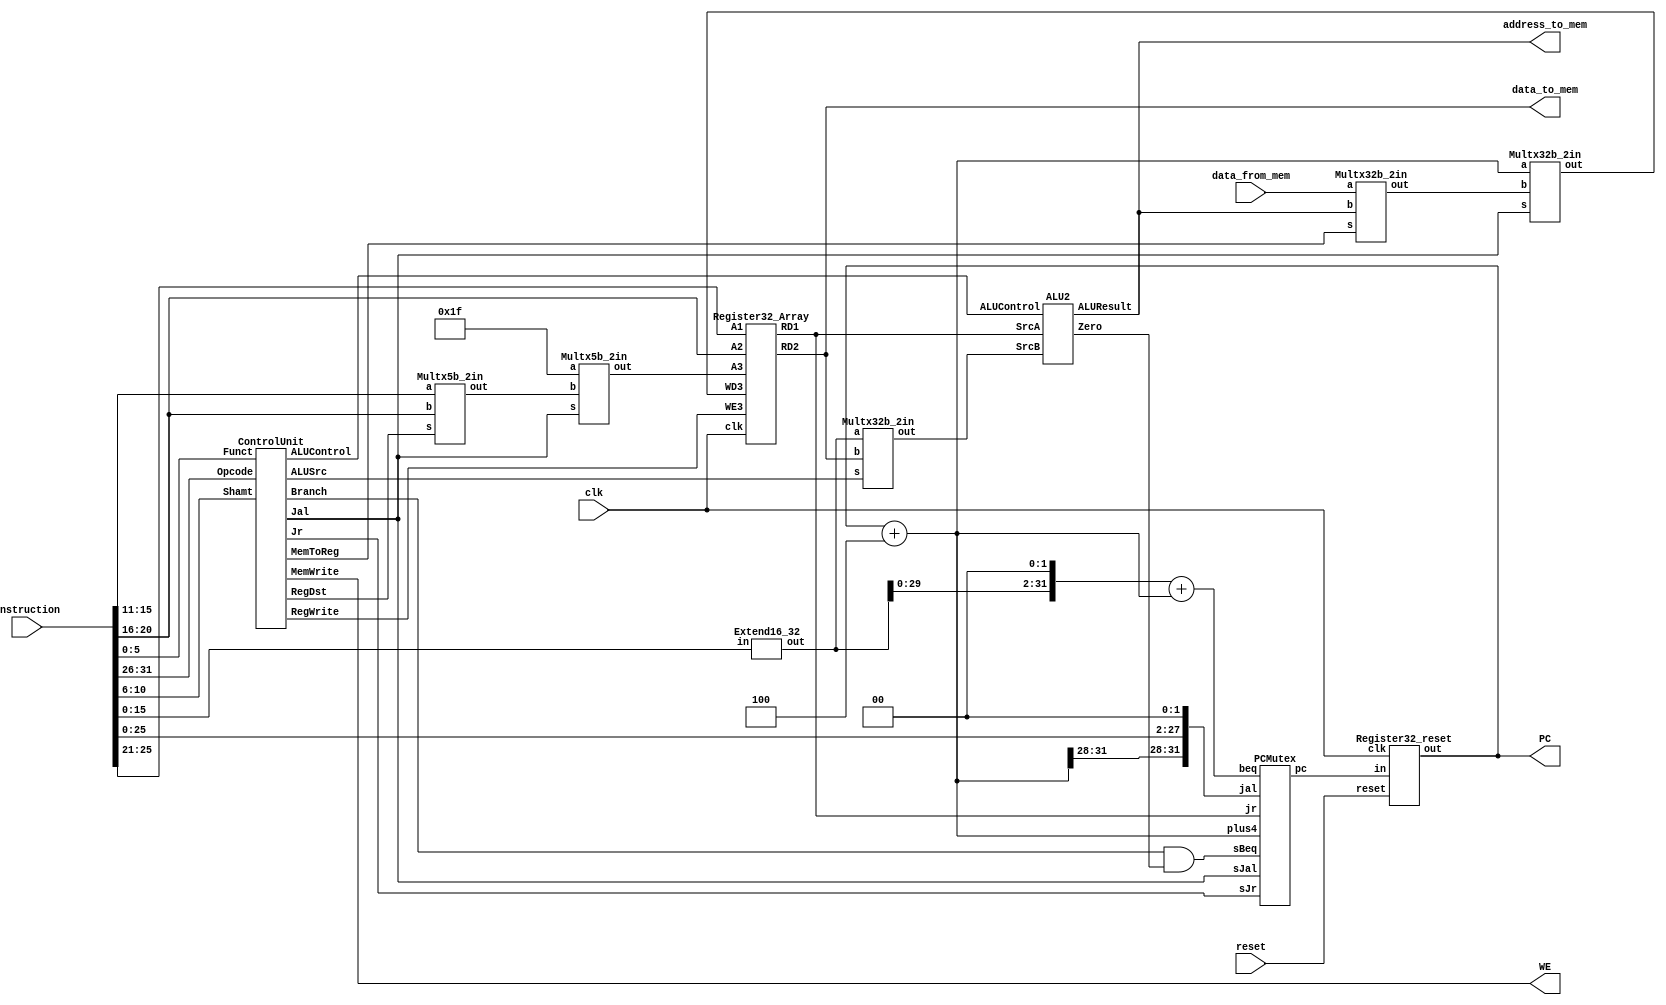
module processor( input         clk, reset,
                  output [31:0] PC,
                  input  [31:0] instruction,
                  output        WE,
                  output [31:0] address_to_mem,
                  output [31:0] data_to_mem,
                  input  [31:0] data_from_mem
                );

	
	// wires
	//==============================================================================
	
	// Instruction wires
	//------------------------------------
	wire [4:0]  Rs;
	wire [4:0]  Rt;
	wire [4:0]  Rd;
	wire [5:0]  Opcode;
	wire [5:0]  Funct;
	wire [4:0]  Shamt;
	wire [15:0] Immediate;
	wire [31:0] SignImm;
	//------------------------------------

	// ControlUnit wires
	//------------------------------------
	wire [3:0] ALUControl;
	wire RegWrite, RegDst, ALUSrc, Branch, MemWrite, MemToReg, Jal, Jr;
	//------------------------------------

	// Register wires
	//------------------------------------
	wire[4:0]  A1Input, A2Input, A3Input;
	wire[31:0] WD3Input;
	wire[31:0] RD1Wire, RD2Wire;
	wire[4:0]  WriteReg;
	//------------------------------------

	// ALU wires
	//------------------------------------
	wire[31:0] SrcA, SrcB, ALUOut;
	wire Zero;
	//------------------------------------

	// PC wires
	//------------------------------------
	wire[31:0] inputPC, outputPC, PCPlus4, PCBranch, PCJal, PCJr;
	wire beqWire;
	//------------------------------------

	// Memory/ALU wire output
	//------------------------------------
	wire[31:0] Result;
	//------------------------------------

	// assignings
	//==============================================================================

	assign Opcode =    instruction[31:26];
	assign Rs =        instruction[25:21];
	assign Rt =        instruction[20:16];
	assign Rd =        instruction[15:11];
	assign Shamt =     instruction[10:6];
	assign Funct =     instruction[5:0];
	assign Immediate = instruction[15:0];
	Extend16_32 myExtend(Immediate, SignImm);


	ControlUnit myControlUnit(Opcode, Funct, Shamt,
		                        ALUControl,
		                        RegWrite, RegDst, ALUSrc, Branch, MemWrite, MemToReg, Jal, Jr);

	assign A1Input = Rs;
	assign A2Input = Rt;
	Multx5b_2in MLTXJal_RegisterA3(5'b11111, WriteReg, Jal, A3Input); // assigning A3Input
	Multx5b_2in MLTXRegDst_RtOrRd(Rd, Rt, RegDst, WriteReg);    // assigning WriteReg
	Multx32b_2in MLTXJal_RegisterWD3(PCPlus4, Result, Jal, WD3Input); // assigning A3Input

	Register32_Array myRegArray (RegWrite, clk, A1Input, A2Input, A3Input,
		                           WD3Input,
		                           RD1Wire, RD2Wire);

	assign SrcA = RD1Wire;
	Multx32b_2in MLTXAluSrc_ALU(SignImm, RD2Wire, ALUSrc, SrcB);
	ALU2 myAlu (SrcA, SrcB, ALUControl,
		          Zero, ALUOut);	
	Multx32b_2in MLTXMemToReg_CPUResult(data_from_mem, ALUOut, MemToReg, Result);

	assign PCPlus4 = outputPC + 4;
	assign PCBranch = (SignImm << 2) + (PCPlus4);
	assign PCJr = RD1Wire;
	assign PCJal = { PCPlus4[31:28], instruction[25:0], 2'b00 };

	assign beqWire = (Branch & Zero);	
	PCMutex myPCMultx(PCJr, PCJal, PCBranch, PCPlus4,
                    Jr, Jal, beqWire,
                    inputPC);
	
	Register32_reset myPC(inputPC, clk, reset, outputPC);
	assign PC = outputPC;

	assign WE =             MemWrite;
	assign data_to_mem =    RD2Wire;
	assign address_to_mem = ALUOut;
/*
	always @(clk) begin  $display( "Opcod= %b, Reg1= %d, SrcA= %d, Reg2= %d, Imm= %d, SrcB= %d, AluRes= %d, AluZer= %d, AluControl= %b, MemRes= %d, PC=%d",
		                              Opcode, RD1Wire, SrcA, RD2Wire, SignImm, SrcB, ALUOut, Zero, ALUControl, Result, (PC/4)+1); end
*/

endmodule

//=====================================================================
module Multx5b_2in(input[4:0] a, b, input s, output[4:0] out);
	assign out = s==1 ? a : b;
endmodule
//=====================================================================
module Multx32b_2in(input[31:0] a, b, input s, output[31:0] out);
	assign out = s==1 ? a : b;
endmodule
//=====================================================================
module Comparator(input [31:0] ina, inb, output out);
	assign out = ina==inb;
endmodule
//=====================================================================
module Extend16_32(input [15:0] in, output [31:0] out);
	assign out = {{16{in[15]}},in[15:0]};
endmodule
//=====================================================================
module Register32(input[31:0] in,  input clk, output reg [31:0] out);
	always @(posedge clk) begin 
	    out = in;
	end
endmodule
//=====================================================================
module Register32_reset( input[31:0] in,
	                     input clk, reset,
	                     output reg [31:0] out);
	always @(posedge clk or posedge reset) begin
		if (reset)	out = 0;
		else        out = in;
	end
endmodule
//=====================================================================
module Register32_Array( input WE3, clk, input[4:0] A1, A2, A3,
                         input[31:0] WD3,
                         output [31:0] RD1, RD2);
	reg [31:0] reg_array [31:0];
	assign RD1 = (A1==0) ? 0 : reg_array[A1[4:0]];
	assign RD2 = (A2==0) ? 0 : reg_array[A2[4:0]];
	always @(posedge clk) begin	
		if (WE3) begin
			reg_array[A3[4:0]] = WD3[31:0];
		end
	end
endmodule
//=====================================================================
module PCMutex( input[31:0] jr, jal, beq, plus4,
								input sJr, sJal, sBeq,
								output reg[31:0] pc);
always @ (*) begin
	if      (sJr == 1)	pc = jr;
	else if (sJal ==1)	pc = jal;
	else if (sBeq == 1)	pc = beq;
	else                pc = plus4;
end
endmodule
//=====================================================================
module ALU2 (
input[31:0] SrcA, SrcB, 
input[3:0]  ALUControl, 
output reg  Zero,
output reg[31:0] ALUResult
);

wire [33:0] w1, w2, w3, w4, w5, w6, w7, w8, w9, w10, w11;
// structure of every wire: w[32] = CARRY, w[33] = OVERFLOW, w[31:0] = ALURESULT

complementAdd32B                myCircuit1(SrcA, SrcB, w1[31:0], w1[32], w1[33]);   // add
complementSub32B                myCircuit2(SrcA, SrcB, w2[31:0], w2[32], w2[33]);   // sub
logicAND32B                     myCircuit3(SrcA, SrcB, w3[31:0]);                   // and
logicOR32B                      myCircuit4(SrcA, SrcB, w4[31:0]);                   // or
logicXOR32B                     myCircuit5(SrcA, SrcB, w5[31:0]);                   // xor
slt32B                          myCircuit6(SrcA, SrcB, w6[31:0]);                   // slt
FourTimesUnsignedAdd8B          myCircuit7(SrcA, SrcB, w7[31:0]);                   // 4 unsigned sums
FourTimesSaturatedUnsignedAdd8B myCircuit8(SrcA, SrcB, w8[31:0]);                   // 4 unsigned saturated sums
srlv32B                         myCircuit9(SrcA, SrcB, w9[31:0]);                   // srlv
sllv32B                        myCircuit10(SrcA, SrcB, w10[31:0]);                  // sllv
srav32B                        myCircuit11(SrcA, SrcB, w11[31:0]);                  // srav

always @ (*) begin
	case (ALUControl)
	  4'b0010 : begin ALUResult = w1[31:0]; Zero = (ALUResult == 0) ? 1 : 0; end // add
	  4'b0110 : begin ALUResult = w2[31:0]; Zero = (ALUResult == 0) ? 1 : 0; end // sub
	  4'b0000 : begin ALUResult = w3[31:0]; Zero = (ALUResult == 0) ? 1 : 0; end // and
	  4'b0001 : begin ALUResult = w4[31:0]; Zero = (ALUResult == 0) ? 1 : 0; end // or
	  4'b0011 : begin ALUResult = w5[31:0]; Zero = (ALUResult == 0) ? 1 : 0; end // xor
	  4'b0111 : begin ALUResult = w6[31:0]; Zero = (ALUResult == 0) ? 1 : 0; end // slt
	  4'b1000 : begin ALUResult = w7[31:0]; Zero = (ALUResult == 0) ? 1 : 0; end // 4 unsigned sums
	  4'b1001 : begin ALUResult = w8[31:0]; Zero = (ALUResult == 0) ? 1 : 0; end // 4 unsigned saturated sums
	  4'b0101 : begin ALUResult = w9[31:0]; Zero = (ALUResult == 0) ? 1 : 0; end // srlv
	  4'b1010 : begin ALUResult = w10[31:0]; Zero = (ALUResult == 0) ? 1 : 0; end // sllv
	  4'b1111 : begin ALUResult = w11[31:0]; Zero = (ALUResult == 0) ? 1 : 0; end // srav
	endcase
end
endmodule
//=====================================================================
//----------------------------------------------------------
module complementAdd32B(
	input [31:0] a,
	input [31:0] b,
    output [31:0] sum,
	output carry,
	output overflow);
	
	wire signA;
	wire signB;
	wire signSum;
	wire [32:0] widenSum;

	assign widenSum = a + b;

	assign sum = widenSum[31:0];
	assign signSum = sum[31];
	assign signA = a[31];
	assign signB = b[31];

	assign carry = widenSum[32];
	assign overflow = ((signA == signB) && (signA != signSum )) ? 1'd1 : 1'd0;
endmodule
//----------------------------------------------------------
module FourTimesUnsignedAdd8B(
	input [31:0] a,
	input [31:0] b,
    output [31:0] sum);
	
	wire [7:0] a1, a2, a3, a4;
	wire [7:0] b1, b2, b3, b4;
	
	assign a1 = a[7:0]; assign a2 = a[15:8]; assign a3 = a[23:16]; assign a4 = a[31:24];
	assign b1 = b[7:0]; assign b2 = b[15:8]; assign b3 = b[23:16]; assign b4 = b[31:24];

	assign sum = {a4+b4, a3+b3, a2+b2, a1+b1};
endmodule
//----------------------------------------------------------
module SaturatedUnsignedAdd8B(
	input [7:0] a,
	input [7:0] b,
	output [7:0] sum);

	wire [8:0] widenSum;
	wire [8:0] widenA;
	wire [8:0] widenB;
	assign widenA = {1'b0, a[7:0]};
	assign widenB = {1'b0, b[7:0]};


	assign widenSum = widenA + widenB;
	
	assign sum = (widenSum[8] == 1) ? 8'b11111111 : a + b;
endmodule
//----------------------------------------------------------
module FourTimesSaturatedUnsignedAdd8B(
	input [31:0] a,
	input [31:0] b,
	output [31:0] sum);

	SaturatedUnsignedAdd8B myCircuit1(a[7:0],   b[7:0],   sum[7:0]);
	SaturatedUnsignedAdd8B myCircuit2(a[15:8],  b[15:8],  sum[15:8]);
	SaturatedUnsignedAdd8B myCircuit3(a[23:16], b[23:16], sum[23:16]);
	SaturatedUnsignedAdd8B myCircuit4(a[31:24], b[31:24], sum[31:24]);
endmodule
//----------------------------------------------------------
module complementSub32B(
	input [31:0] a,
	input [31:0] b,
  output [31:0] sum,
	output carry,
	output overflow);

	wire[31:0] complementB;
	assign complementB = (~b) + 1;
	complementAdd32B add(a, complementB, sum, carry, overflow);
endmodule
//----------------------------------------------------------
module srlv32B(
	input [31:0] a,
	input [31:0] b, // is unsigned
	output [31:0] result);

	assign result = b >> a;
	// always @(result) begin  $display( "SRLV: a= %d, b= %d, result= %b", a, b, (b >> a)); end
endmodule
//----------------------------------------------------------
module sllv32B(
	input [31:0] a,
	input [31:0] b,
	output [31:0] result);

	assign result = b << a;
endmodule
//----------------------------------------------------------
module srav32B(
	input [31:0] a,
	input signed [31:0] b, // is signed
	output [31:0] result);

	assign result = b >>> a;
endmodule
//----------------------------------------------------------
module logicAND32B(
	input [31:0] a,
	input [31:0] b,
	output [31:0] result);

	assign result = a & b;
endmodule
//----------------------------------------------------------
module logicOR32B(
	input [31:0] a,
	input [31:0] b,
	output [31:0] result);

	assign result = a | b;
endmodule
//----------------------------------------------------------
module logicXOR32B(
	input [31:0] a,
	input [31:0] b,
	output [31:0] result);

	assign result = a ^ b;
endmodule
//----------------------------------------------------------
module slt32B(
	input [31:0] a,
	input [31:0] b,
	output [31:0] result);

	assign result = (a < b) ? 1 : 0;
endmodule
//----------------------------------------------------------
//-----------------------------------------------------------
module MainDecoder(
input[5:0] Opcode,
output reg RegWrite, RegDst, ALUSrc,
output reg[1:0] ALUOp,
output reg  Branch, MemWrite, MemToReg, Jal, Jr);
always @ (*) begin
	case (Opcode)
	  6'b000000 : {RegWrite, RegDst, ALUSrc, ALUOp, Branch, MemWrite, MemToReg, Jal, Jr} = {1'b1, 1'b1, 1'b0, 2'b10, 1'b0, 1'b0, 1'b0, 1'b0, 1'b0};
	  6'b100011 : {RegWrite, RegDst, ALUSrc, ALUOp, Branch, MemWrite, MemToReg, Jal, Jr} = {1'b1, 1'b0, 1'b1, 2'b00, 1'b0, 1'b0, 1'b1, 1'b0, 1'b0};
	  6'b101011 : {RegWrite, RegDst, ALUSrc, ALUOp, Branch, MemWrite, MemToReg, Jal, Jr} = {1'b0, 1'b0, 1'b1, 2'b00, 1'b0, 1'b1, 1'b0, 1'b0, 1'b0};
	  6'b000100 : {RegWrite, RegDst, ALUSrc, ALUOp, Branch, MemWrite, MemToReg, Jal, Jr} = {1'b0, 1'b0, 1'b0, 2'b01, 1'b1, 1'b0, 1'b0, 1'b0, 1'b0};
	  6'b001000 : {RegWrite, RegDst, ALUSrc, ALUOp, Branch, MemWrite, MemToReg, Jal, Jr} = {1'b1, 1'b0, 1'b1, 2'b00, 1'b0, 1'b0, 1'b0, 1'b0, 1'b0};
	  6'b000011 : {RegWrite, RegDst, ALUSrc, ALUOp, Branch, MemWrite, MemToReg, Jal, Jr} = {1'b1, 1'b0, 1'b0, 2'b00, 1'b0, 1'b0, 1'b0, 1'b1, 1'b0};
	  6'b000111 : {RegWrite, RegDst, ALUSrc, ALUOp, Branch, MemWrite, MemToReg, Jal, Jr} = {1'b0, 1'b0, 1'b0, 2'b00, 1'b0, 1'b0, 1'b0, 1'b0, 1'b1};
	  6'b011111 : {RegWrite, RegDst, ALUSrc, ALUOp, Branch, MemWrite, MemToReg, Jal, Jr} = {1'b1, 1'b1, 1'b0, 2'b11, 1'b0, 1'b0, 1'b0, 1'b0, 1'b0};
	endcase
end
endmodule

//-----------------------------------------------------------
module ALUDecoder(
input[1:0] ALUOp,
input [4:0] Shamt,
input [5:0] Funct,
output reg [3:0] ALUControl
);
always @ (*) begin
	case (ALUOp)
	  2'b00 : ALUControl = 4'b0010;
	  2'b01 : ALUControl = 4'b0110;
	  2'b10 : begin
	  	if      ( Funct == 6'b100000 ) ALUControl = 4'b0010;
	  	else if ( Funct == 6'b100010 ) ALUControl = 4'b0110;
	  	else if ( Funct == 6'b100100 ) ALUControl = 4'b0000;
	  	else if ( Funct == 6'b100101 ) ALUControl = 4'b0001;
	  	else if ( Funct == 6'b101010 ) ALUControl = 4'b0111;
	  	else if ( Funct == 6'b000100 ) ALUControl = 4'b1010;  // sllv
	  	else if ( Funct == 6'b000110 ) ALUControl = 4'b0101;  // srlv
	  	else if ( Funct == 6'b000111 ) ALUControl = 4'b1111;  // srav
	  end
	  2'b11 : begin
		if      (( Funct == 6'b010000 ) && ( Shamt == 5'b00000 )) ALUControl = 4'b1000;
	  else if (( Funct == 6'b010000 ) && ( Shamt == 5'b00100 )) ALUControl = 4'b1001;	  	
	  end
	endcase
end
endmodule
//-----------------------------------------------------------
module ControlUnit(
input [5:0] Opcode,
input [5:0] Funct,
input [4:0] Shamt,
output[3:0] ALUControl,
output RegWrite, RegDst, ALUSrc, Branch, MemWrite, MemToReg, Jal, Jr
);

wire [1:0] WIREALUOp;

MainDecoder myDecoder1(Opcode, RegWrite, RegDst, ALUSrc, WIREALUOp, Branch, MemWrite, MemToReg, Jal, Jr);
ALUDecoder  myDecoder2(WIREALUOp, Shamt, Funct, ALUControl);
endmodule